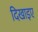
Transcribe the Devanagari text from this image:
दिखाइए